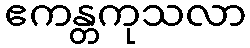
ဧကန္တကုသလာ